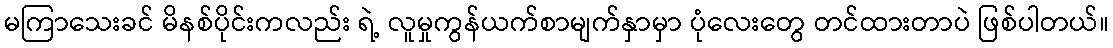
မကြာသေးခင် မိနစ်ပိုင်းကလည်း ရဲ့ လူမှုကွန်ယက်စာမျက်နှာမှာ ပုံလေးတွေ တင်ထားတာပဲ ဖြစ်ပါတယ်။